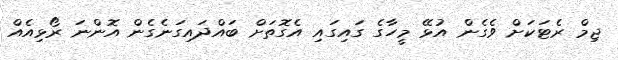
ޖިމް ރެޓަކަށް ވެގެން އުޅޭ މީހާގެ ގައިގައި އެގޮތަށް ބައްދައިގަނެގެން އޮންނަ ރޯޅިއެއް